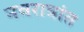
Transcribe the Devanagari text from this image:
नवरात्रांत